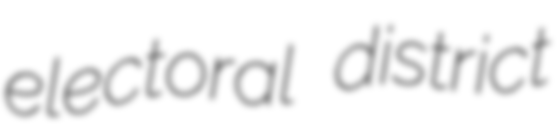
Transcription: electoral district